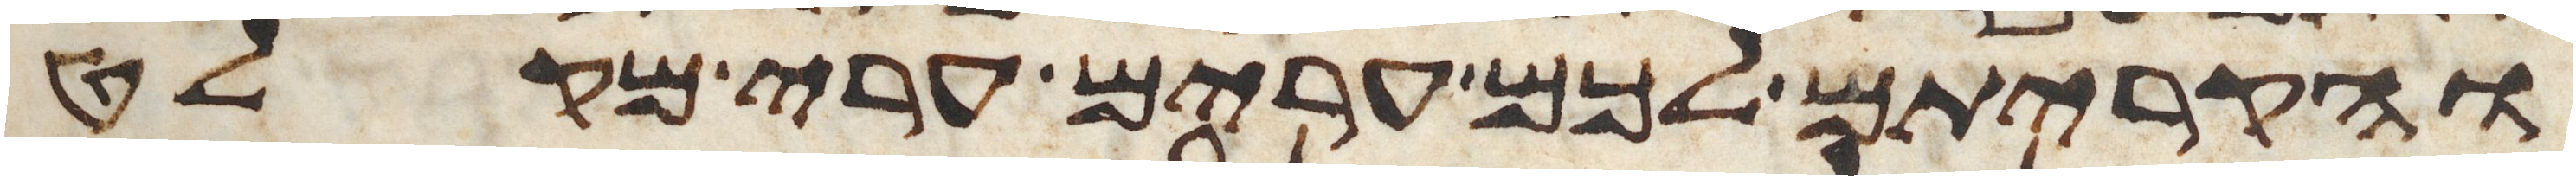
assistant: והקריתם לכם ערים ערי מקלט